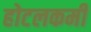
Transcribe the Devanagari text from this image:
होटलकर्मी